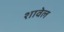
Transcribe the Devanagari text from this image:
शावेल